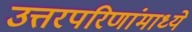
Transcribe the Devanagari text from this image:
उत्तरपरिणांमाध्ये